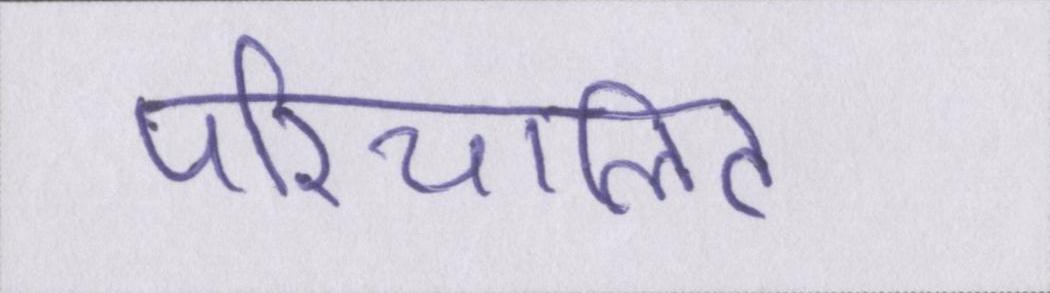
परिचालित